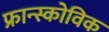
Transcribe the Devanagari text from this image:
फ्रान्स्कोविक